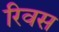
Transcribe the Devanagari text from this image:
रिवस